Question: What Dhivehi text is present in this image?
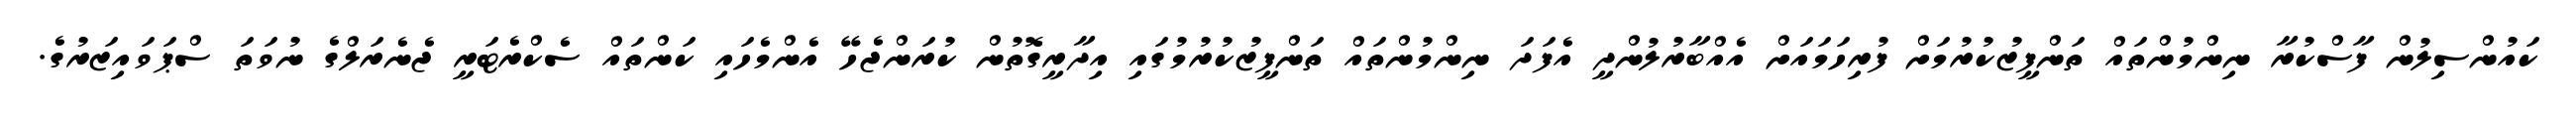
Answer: ކައުންސިލުން ފާސްކުރާ ނިންމުންތައް ތަންފީޒުކުރުމަށް ފުރިހަމައަށް އެއްބާރުލުންދީ އެފަދަ ނިންމުންތައް ތަންފީޒުކުރުމުގައި އިދާރީގޮތުން ކުރަންޖެހޭ އެންމެހައި ކަންތައް ސެކްރެޓަރީ ޖެނެރަލްގެ ނުވަތަ ސްޕަވައިޒަރުގެ.